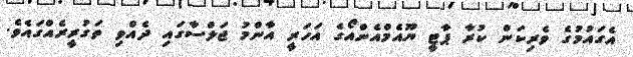
އެގައުމުގެ ވެރިކަން ކުރާ ޕާޓީ ޔޫއެމްއެންއޯގެ އަހަރީ އާންމު ޖަލްސާގައި ދެއްވި ތަގުރީރެއްގައެވެ.